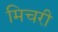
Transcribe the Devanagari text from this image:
मिचरी